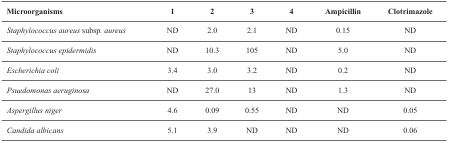
<table><thead><tr><td><b>Microorganisms </b></td><td><b>1 </b></td><td><b>2 </b></td><td><b>3 </b></td><td><b>4 </b></td><td><b>Ampicillin </b></td><td><b>Clotrimazole </b></td></tr></thead><tbody><tr><td><i>Staphylococcus aureus </i>subsp<i>. aureus </i></td><td>ND </td><td>2.0 </td><td>2.1 </td><td>ND </td><td>0.15 </td><td>ND </td></tr><tr><td><i>Staphylococcus epidermidis </i></td><td>ND </td><td>10.3 </td><td>105 </td><td>ND </td><td>5.0 </td><td>ND </td></tr><tr><td><i>Escherichia coli </i></td><td>3.4 </td><td>3.0 </td><td>3.2 </td><td>ND </td><td>0.2 </td><td>ND </td></tr><tr><td><i>Psuedomonasaeruginosa</i></td><td>ND </td><td>27.0 </td><td>13 </td><td>ND </td><td>1.3 </td><td>ND </td></tr><tr><td><i>Aspergillusniger</i></td><td>4.6 </td><td>0.09 </td><td>0.55 </td><td>ND </td><td>ND </td><td>0.05 </td></tr><tr><td><i>Candida albicans</i></td><td>5.1 </td><td>3.9 </td><td>ND </td><td>ND </td><td>ND </td><td>0.06 </td></tr></tbody></table>